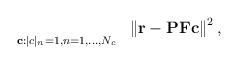
LaTeX: \begin{align*}\begin{array}{rl}\underset{\mathbf{c}:|c|_n=1, n=1,\dots,N_c}{} & \left\|\mathbf{r}-\mathbf{P}\mathbf{F}\mathbf{c}\right\|^2,\end{array}\end{align*}